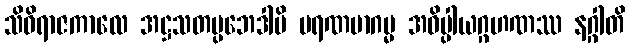
သိဝိရာဇကာလေ အဋ္ဌသတပ္ပဘေဒါပိ မရဏမာဂမ္မ အဓိပ္ပါယဂ္ဂဟဏဿ နဂ္ဂါတိ